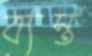
ব্যস্ত